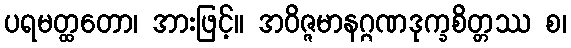
ပရမတ္ထတော၊ အားဖြင့်။ အဝိဇ္ဇမာနဂ္ဂဏဒုက္ခစိတ္တဿ စ၊